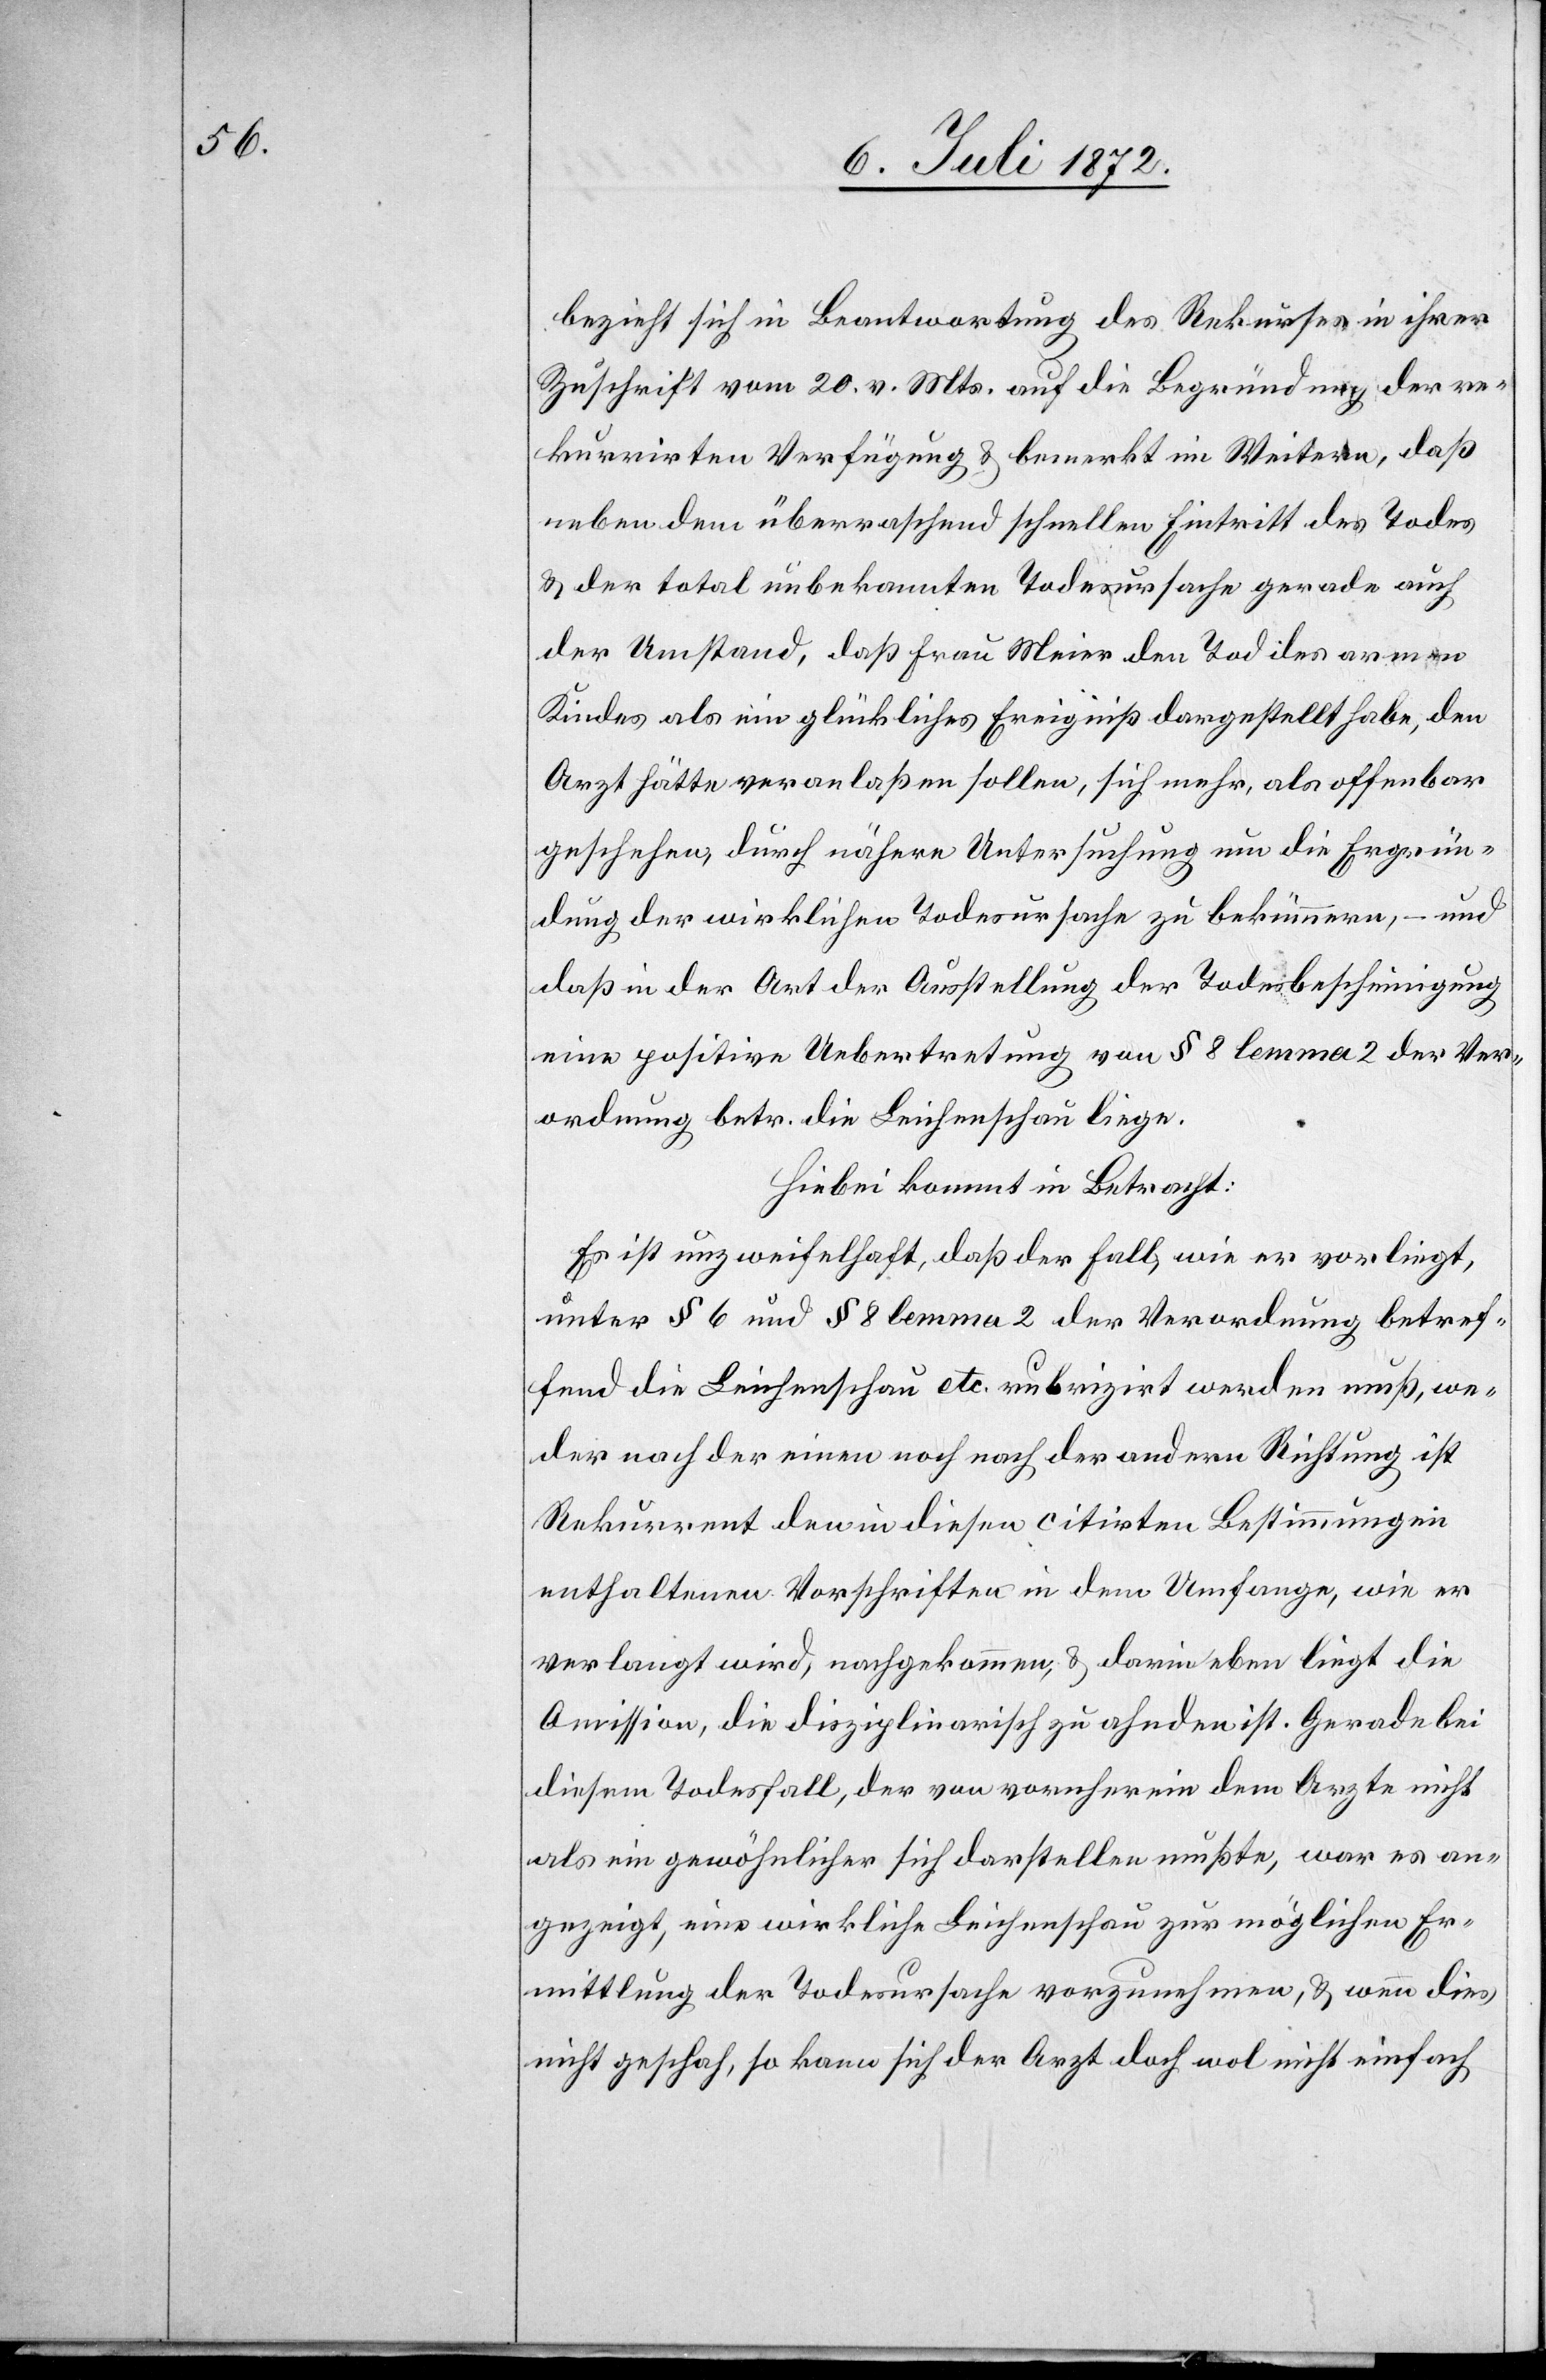
bezieht sich in Beantwortung des Rekurses in ihrer
Zuschrift vom 20. v. Mts. auf die Begründung der re¬
kurrirten Verfügung u. bemerkt im Weitern, daß
neben dem überraschend schnellen Eintritt des Todes
u. der total unbekannten Todesursache gerade auch
der Umstand, daß Frau Meier den Tod des
Kindes als ein glückliches Ereigniß dargestellt habe, den
Arzt hätte veranlaßen sollen, sich mehr, als offenbar
geschehen, durch nähere Untersuchung um die Ergrün¬
dung der wirklichen Todesursache zu bekümmern, – und
daß in der Art der Ausstellung der Todesbescheinigung
eine positive Uebertretung von § 8 lemma 2 der Ver¬
ordnung betr. die Leichenschau liege.
Hiebei kommt in Betracht:
Es ist unzweifelhaft, daß der Fall, wie er vorliegt,
unter § 6 und § 8 lemma 2 der Verordnung betref¬
fend die Leichenschau etc. rubrizirt werden muß, we¬
der nach der einen noch nach der andern Richtung ist
Rekurrent den in diesen citirten Bestimmungen
enthaltenen Vorschriften in dem Umfange, wie er
verlangt wird, nachgekommen, u. darin eben liegt die
Omission, die disziplinarisch zu ahnden ist. Gerade bei
diesem Todesfall, der von vornherein dem Arzte nicht
als ein gewöhnlicher sich darstellen mußte, war es an¬
gezeigt, eine wirkliche Leichenschau zur möglichen Er¬
mittlung der Todesursache vorzunehmen, u. wenn dies
nicht geschah, so kann sich der Arzt doch wol nicht einfach